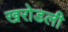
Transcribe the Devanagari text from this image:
खरोडली